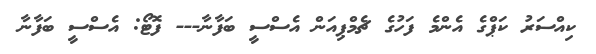
ކިއްސަރު ކަޕްގެ އެންމެ ފަހުގެ ޗެމްޕިއަން އެސްސީ ބަފާނާ--- ފޮޓޯ: އެސްސީ ބަފާނާ